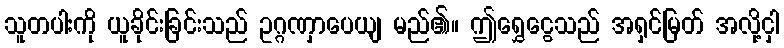
သူတပါးကို ယူခိုင်းခြင်းသည် ဥဂ္ဂဏှာပေယျ မည်၏။ ဤရွှေငွေသည် အရှင်မြတ် အလို့ငှါ